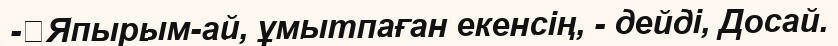
-	Япырым-ай, ұмытпаған екенсің, - дейді, Досай.